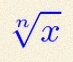
\sqrt[n]{x}